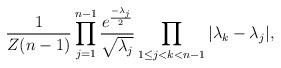
LaTeX: \begin{align*}\frac{1}{Z(n-1)}\prod_{j=1}^{n-1}\frac{e^{\frac{-\lambda_j}{2}}}{\sqrt{\lambda_j}}\prod_{1\leq j<k<n-1}|\lambda_k-\lambda_j|,\end{align*}